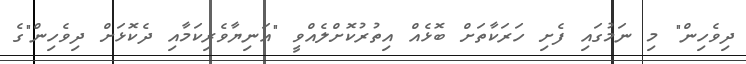
ދިވެހިން" މި ނަމުގައި ފެށި ހަރަކާތަށް ބޮޅެއް އިތުރުކޮށްލެއްވީ "އަނިޔާވެރިކަމާއި ދެކޮޅަށް ދިވެހިން"ގެ